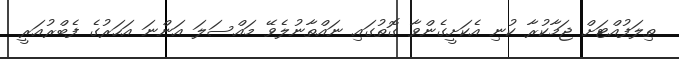
ތިލަފުއްޓަށް ޖަމާކުރާ ކުނި އެކަށީގެންވާ ގޮތުގައި ނައްތާނުލެވޭ މައްސަލަ އަންނަ އަހަރުގެ ފެބްރުއަރީ